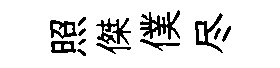
照傑僕尽